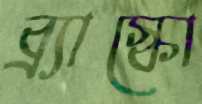
ব্র্যাস্কো